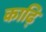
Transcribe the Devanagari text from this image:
काढ़ि